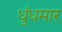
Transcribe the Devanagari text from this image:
धुंधमार